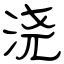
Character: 浇